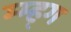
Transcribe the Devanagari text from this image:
म्म्ह्ग